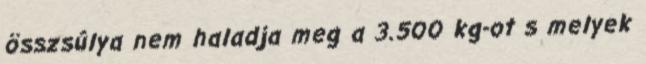
összsúlya nem haladja meg a 3.500 kg-ot s melyek